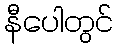
နီပေါတွင်